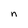
Character: n